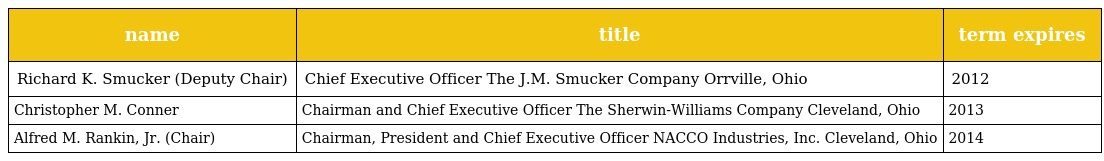
| name | title | term expires |
 | --- | --- | --- |
 | Richard K. Smucker (Deputy Chair) | Chief Executive Officer The J.M. Smucker Company Orrville, Ohio | 2012 |
 | Christopher M. Conner | Chairman and Chief Executive Officer The Sherwin-Williams Company Cleveland, Ohio | 2013 |
 | Alfred M. Rankin, Jr. (Chair) | Chairman, President and Chief Executive Officer NACCO Industries, Inc. Cleveland, Ohio | 2014 |